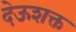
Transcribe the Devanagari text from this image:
देऊशक्त